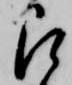
被